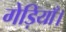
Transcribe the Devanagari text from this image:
गेड़ियाँ।